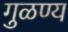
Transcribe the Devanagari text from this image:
गुळण्य